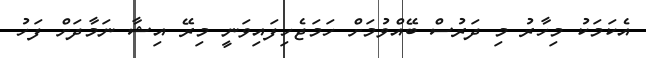
އެކަމަކު މިހާރު މި ދަރުސް ބޭއްވުމަށް ހަމަޖެހިފައިވަނީ މިރޭ އިޝާ ނަމާދަށް ފަހު